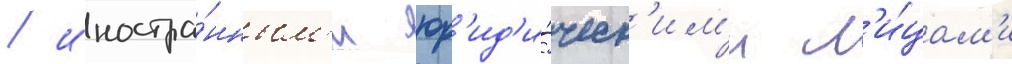
/ иностра́нным'и юр'ид'и́ческ'им'и л'и́цам'и